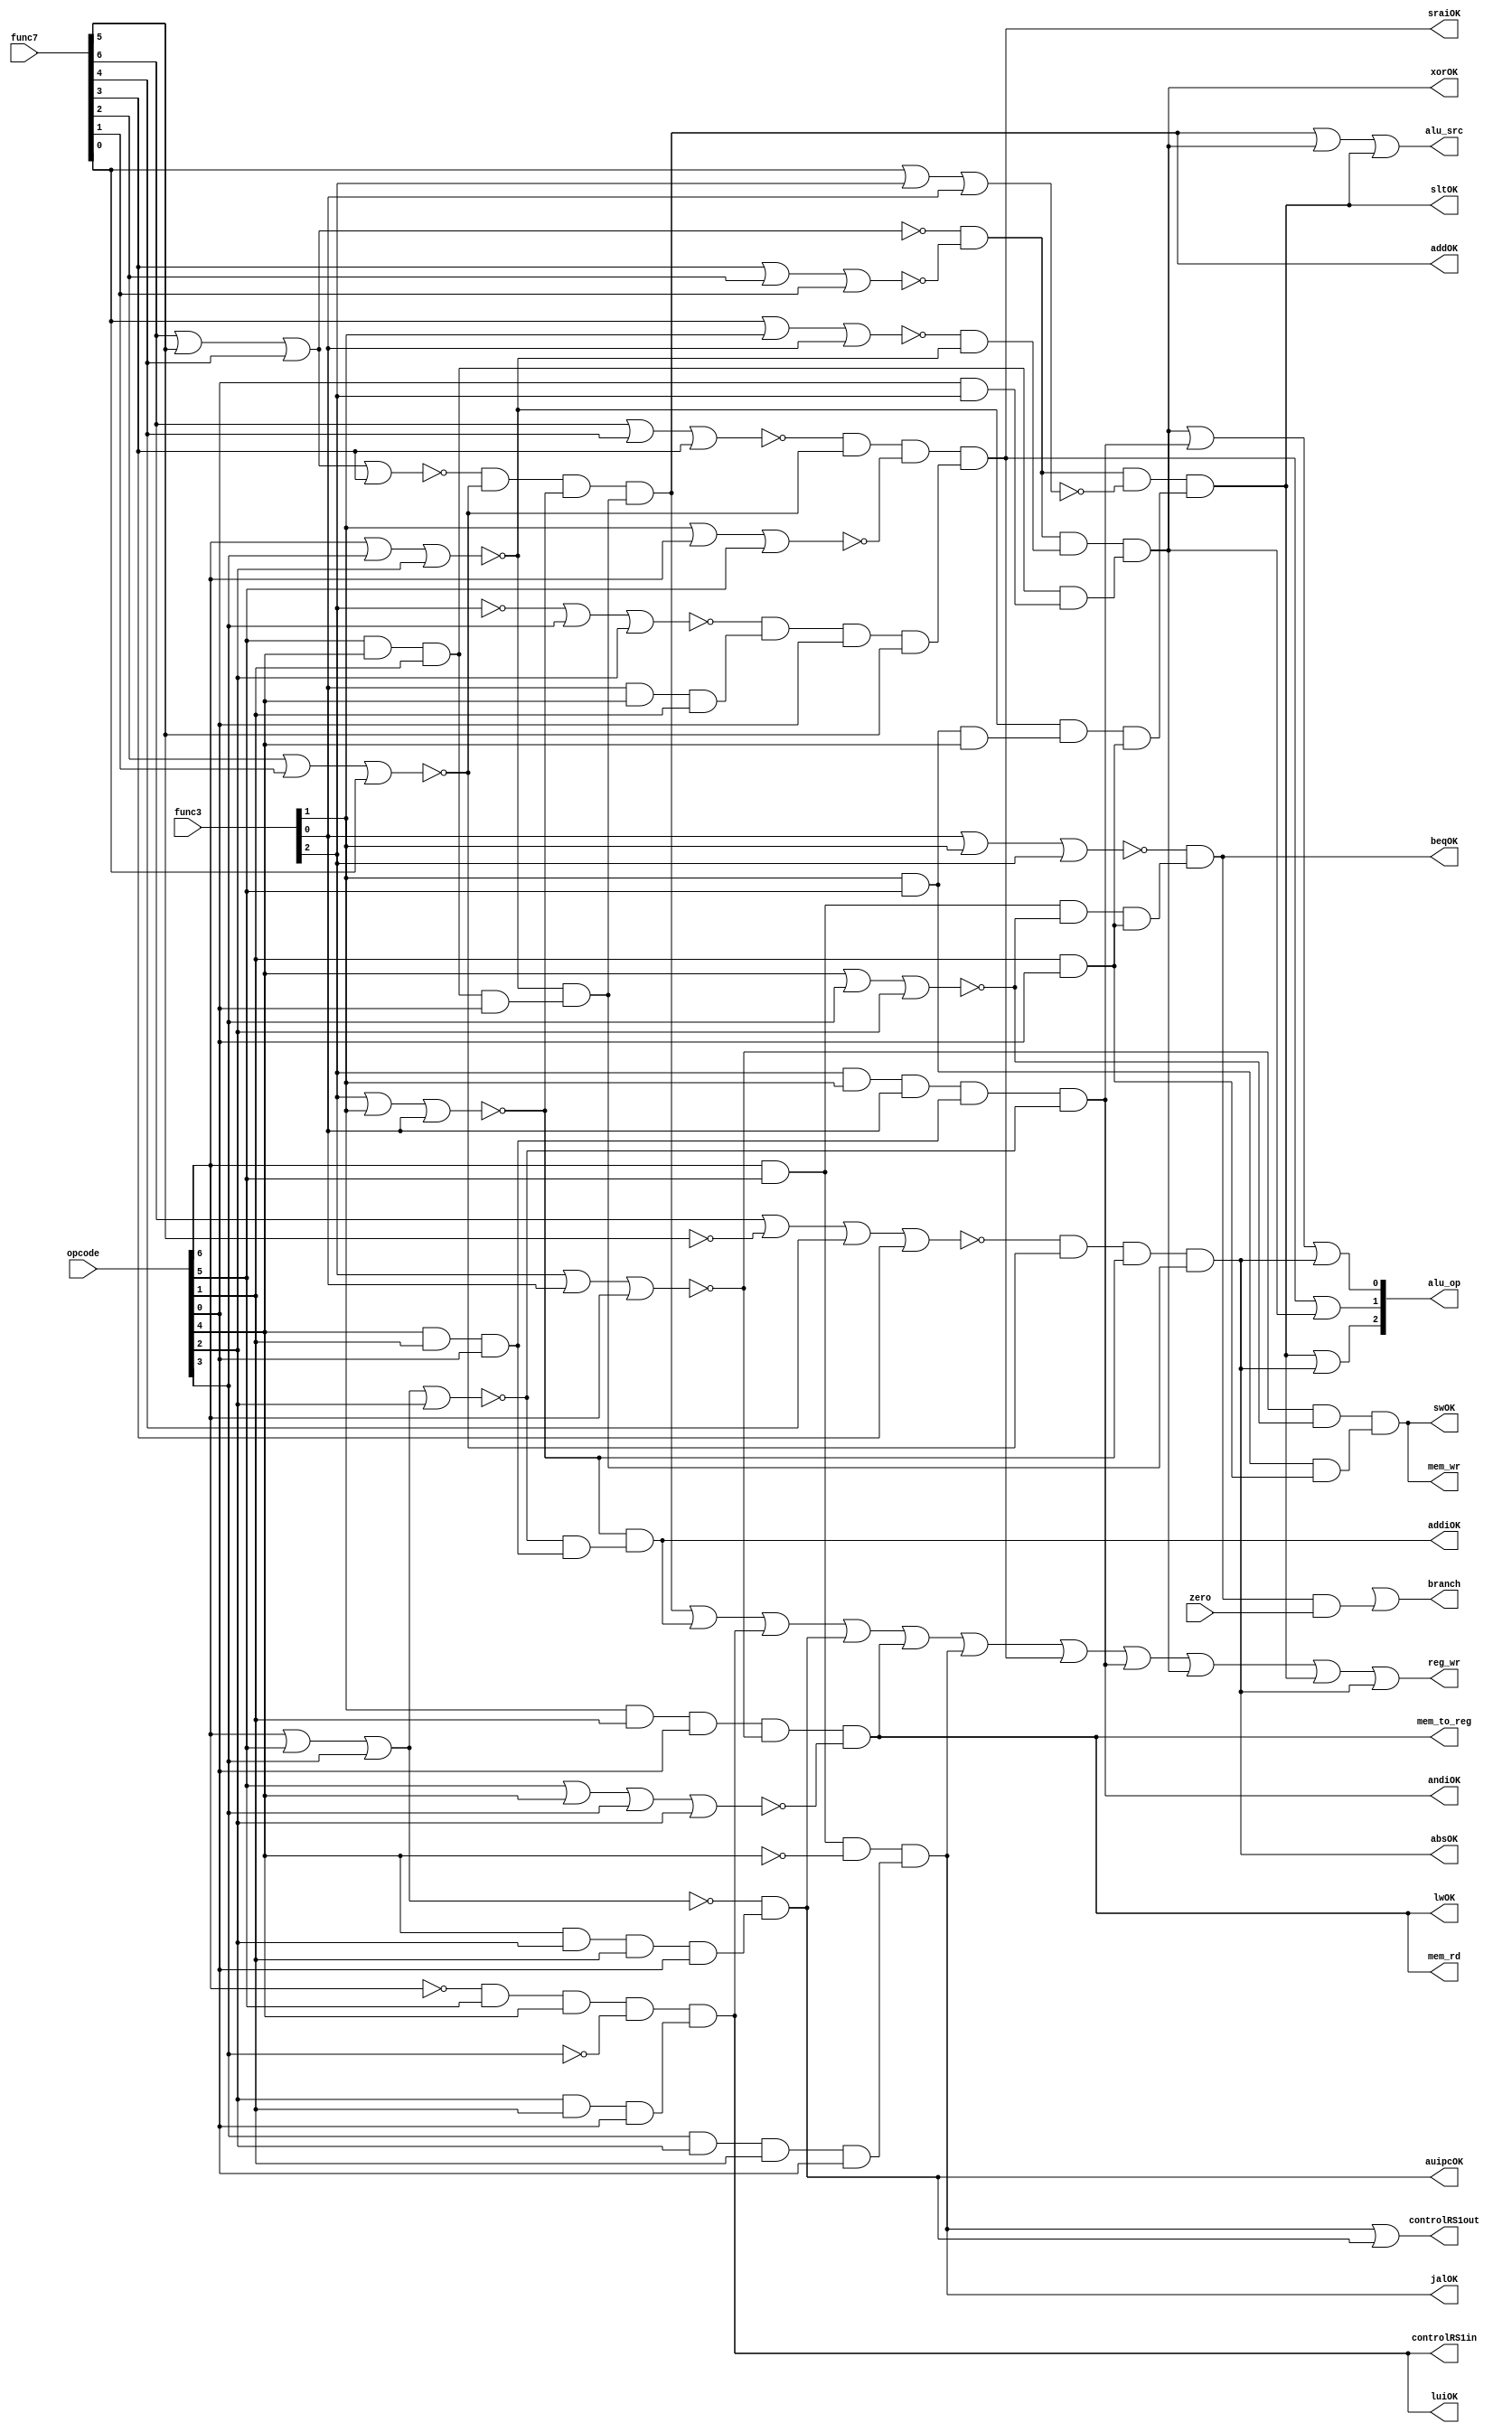
module ControlUnit(
input wire [6:0] opcode,
input wire [2:0] func3,
input wire [6:0] func7,
input wire zero,
output wire beqOK,
output wire addOK,
output wire addiOK,
output wire sltOK,
output wire auipcOK,
output wire luiOK,
output wire jalOK,
output wire sraiOK,
output wire andiOK,
output wire xorOK,
output wire lwOK,
output wire swOK,
output wire absOK,
output wire branch,
output wire alu_src,
output wire [2:0] alu_op,
output wire mem_wr,
output wire mem_rd,
output wire mem_to_reg,
output wire reg_wr,
output wire controlRS1in,
output wire controlRS1out
);




wire beq_OK;
wire add_OK;
wire addi_OK;
wire slt_OK;
wire auipc_OK;
wire jal_OK;
wire lui_OK;
wire srai_OK;
wire andi_OK;
wire xor_OK;
wire lw_OK;
wire sw_OK;
wire abs_OK;

  assign beq_OK =  ~(func3[0] | func3[1] | func3[2]) & ((opcode[6] & opcode[5]) &  ~(opcode[4] | opcode[3] | opcode[2]) & (opcode[1] & opcode[0]));
  //for the branch pay attention if zero if '1' is necessary to determine the
  //next address with the previous data for the immediate generation
  assign add_OK = ( ~(func7[6] | func7[5] | func7[4] | func7[3]) & ( ~(func7[2] | func7[1] | func7[0])) & ( ~(func3[2] | func3[1] | func3[0]))) & ( ~(opcode[6] | opcode[3] | opcode[2]) & (opcode[5] & opcode[4] & opcode[1] & opcode[0]));
  assign addi_OK =  ~(func3[2] | func3[1] | func3[0]) & ( ~(opcode[6] | opcode[5] | opcode[3] | opcode[2]) & (opcode[4] & opcode[1] & opcode[0]));
  assign slt_OK = ( ~(func7[6] | func7[5] | func7[4]) &  ~(func7[3] | func7[2] | func7[1]) &  ~(func7[0] | func3[2] | func3[0])) & ( ~(opcode[6] | opcode[3] | opcode[2]) & ((func3[1]) & (opcode[5]) & (opcode[4])) & ((opcode[1]) & (opcode[0])));
  assign auipc_OK =  ~(opcode[6] | opcode[5] | opcode[3]) & ((opcode[4]) & (opcode[2]) & (opcode[1]) & (opcode[0]));
  assign lui_OK = ( ~(opcode[6]) & (opcode[5]) & (opcode[4]) &  ~(opcode[3])) & ((opcode[2]) & (opcode[1]) & (opcode[0]));
  assign srai_OK = ( ~(func7[6] | func7[4] | func7[3]) &  ~(func7[2] | func7[1] | func7[0]) &  ~(func3[1] | opcode[6] | opcode[5])) & ( ~( ~(func3[2]) | opcode[3] | opcode[2]) & (func3[0] & opcode[4] & opcode[1]) & (opcode[0]) & func7[5]);
  assign andi_OK = (func3[2] & func3[1] & func3[0]) & (opcode[4] & opcode[1] & opcode[0]) &  ~(opcode[6] | opcode[5] | opcode[3] | opcode[2]);
  assign xor_OK = ( ~(func7[6] | func7[5] | func7[4]) &  ~(func7[3] | func7[2] | func7[1])) & ( ~(func7[0] | func3[1] | func3[0]) &  ~(opcode[6] | opcode[3] | opcode[2])) & ((opcode[5] & opcode[4] & opcode[1]) & (opcode[0] & func3[2]));
  assign jal_OK = (opcode[6] & opcode[5] &  ~(opcode[4])) & (opcode[3] & opcode[2] & opcode[1] & opcode[0]);
  assign lw_OK = (func3[1] & opcode[1] & opcode[0]) &  ~(func3[2] | func3[0] | opcode[6]) &  ~(opcode[5] | opcode[4] | opcode[3] | opcode[2]);
  assign sw_OK = ( ~(func3[2] | func3[0] | opcode[6]) &  ~(opcode[4] | opcode[3] | opcode[2])) & ((func3[1] & opcode[5]) & (opcode[1] & opcode[0]));
  assign abs_OK = ( ~(func7[6] |  ~(func7[5]) | func7[4] | func7[3]) & ( ~(func7[2] | func7[1] | func7[0])) & ( ~(func3[2] | func3[1] | func3[0]))) & ( ~(opcode[6] | opcode[3] | opcode[2]) & (opcode[5] & opcode[4] & opcode[1] & opcode[0]));
  assign branch = jal_ok | (beq_OK & zero);
  assign alu_src = add_OK | xor_OK | slt_OK;
  assign alu_op[0] = xor_OK | andi_OK | abs_OK;
  assign alu_op[1] = srai_OK | xor_OK;
  assign alu_op[2] = slt_OK | abs_OK;
  assign mem_wr = sw_OK;
  assign mem_rd = lw_OK;
  assign mem_to_reg = lw_OK;
  assign reg_wr = add_OK | addi_OK | lui_OK | auipc_OK | lw_OK | jal_OK | srai_OK | andi_OK | xor_OK | slt_OK | abs_OK;
  assign controlRS1in = lui_OK;
  assign controlRS1out = jal_OK | auipc_OK;
  //en_add_pc <= (beqOK and zero) or jalOK;
  // en_ALU <= not(beq_OK);
  assign beqOK = beq_OK;
  assign addOK = add_OK;
  assign addiOK = addi_OK;
  assign sltOK = slt_OK;
  assign auipcOK = auipc_OK;
  assign luiOK = lui_OK;
  assign jalOK = jal_OK;
  assign sraiOK = srai_OK;
  assign andiOK = andi_OK;
  assign xorOK = xor_OK;
  assign lwOK = lw_OK;
  assign swOK = sw_OK;
  assign absOK = abs_OK;

endmodule